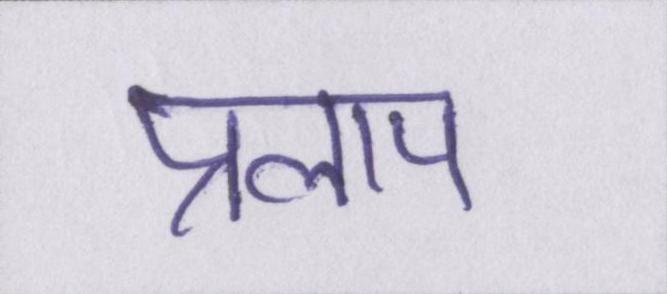
प्रलाप